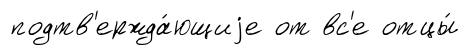
подтв'ержда́ющиjе от вс'е отцы́